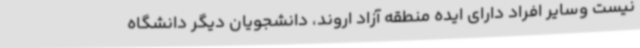
نیست وسایر افراد دارای ایده منطقه آزاد اروند، دانشجویان دیگر دانشگاه